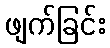
ဖျက်ခြင်း